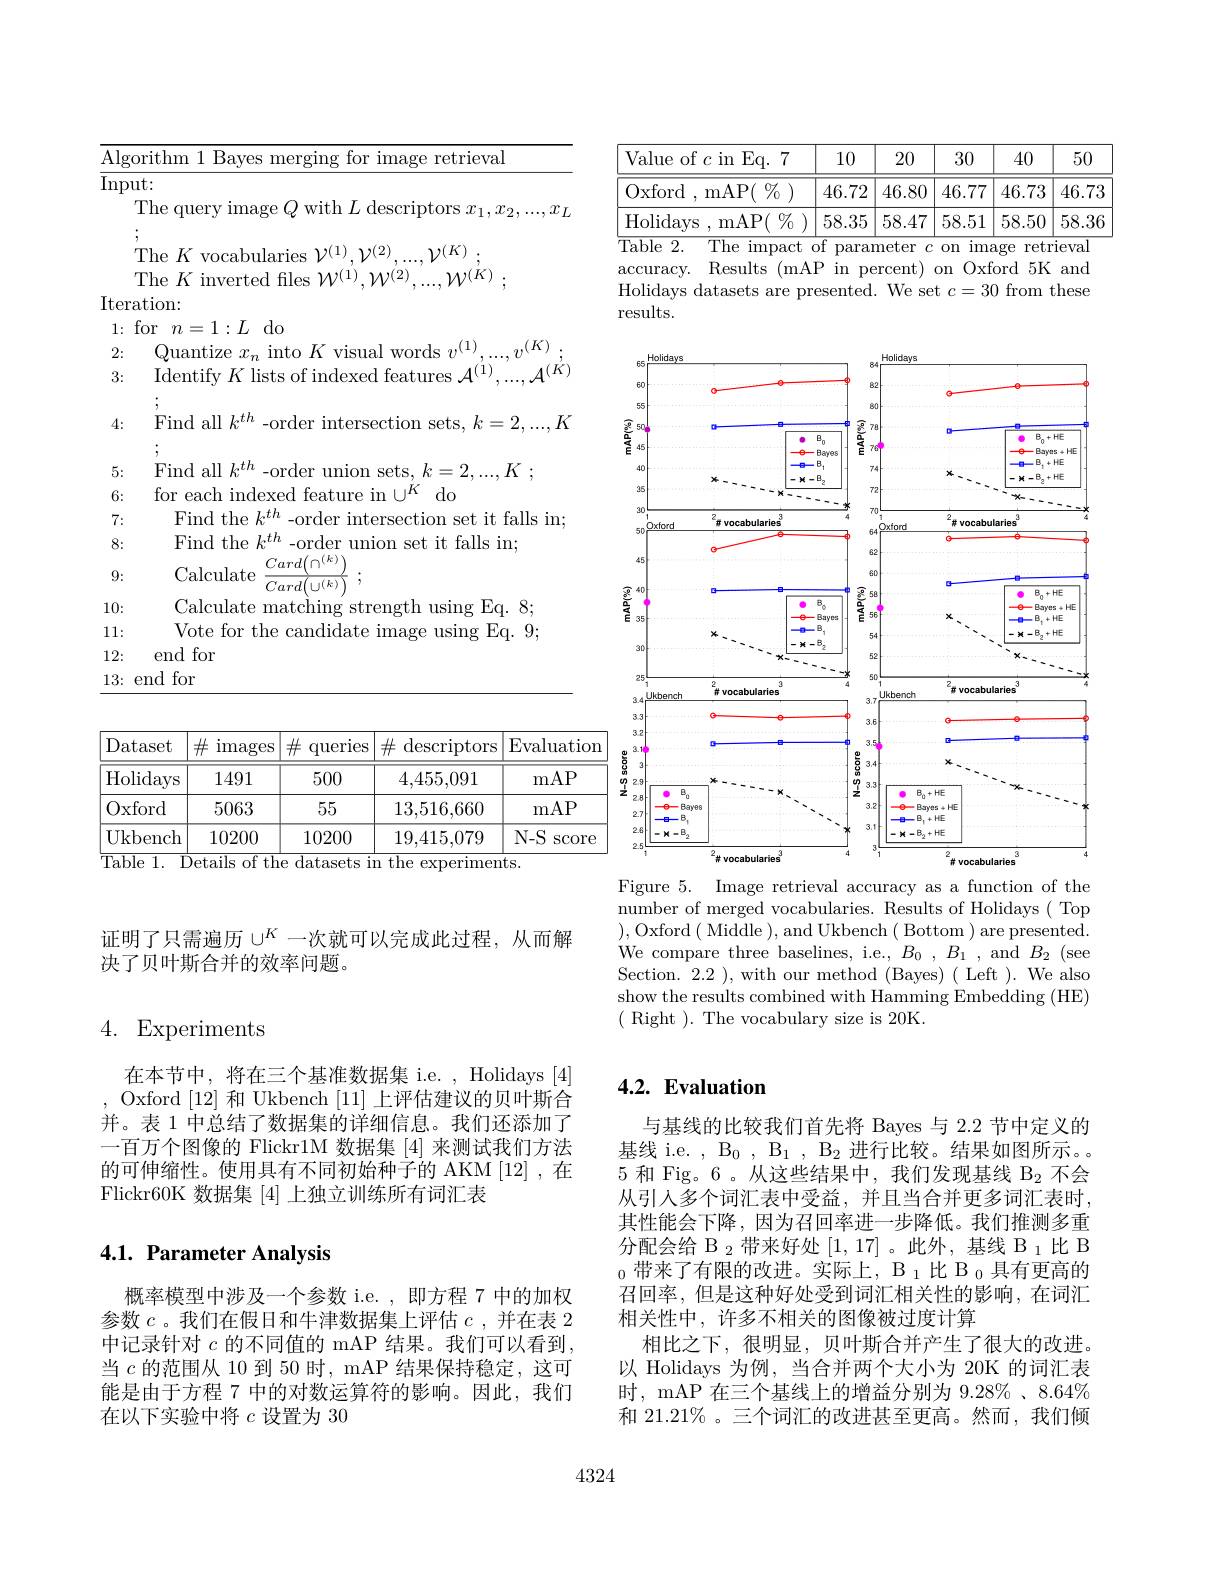
<table>
	<tbody>
		<tr>
			<td>$\overline{\mathrm{Algc}}$</td>
			<td>for image retrieval rithr $Ba\boldsymbol{v}$ rlmg $\cdot$</td>
		</tr>
		<tr>
			<td>$\overline{\mathrm{Inpu}}$</td>
			<td>$1t:$</td>
		</tr>
		<tr>
			<td> </td>
			<td>The query image $Q$ with $L$ descriptors $x_1,x_2,...,x_{L}$</td>
		</tr>
		<tr>
			<td> </td>
			<td>12(2) $11K$</td>
		</tr>
		<tr>
			<td> </td>
			<td> </td>
		</tr>
		<tr>
			<td>Iter$\varepsilon$</td>
			<td>$0m$</td>
		</tr>
		<tr>
			<td>1:</td>
			<td>do</td>
		</tr>
		<tr>
			<td>2:</td>
			<td>(1) $K$</td>
		</tr>
		<tr>
			<td>3:</td>
			<td>Identify $K$ lists of indexed features $\mathcal{A}^(1)$</td>
		</tr>
		<tr>
			<td>4:</td>
			<td>Find all $k^{th}$ r intersection sets, $k=2,...,k$ $-0\Upsilon$ $1er$</td>
		</tr>
		<tr>
			<td>5:</td>
			<td>Find 1: all $l_{\Delta}\boldsymbol{L}/\boldsymbol{L}$ -0rder sets $k$ $^{4}$ $K$</td>
		</tr>
		<tr>
			<td>6:</td>
			<td>for each indexed featu 1 $||R$ do</td>
		</tr>
		<tr>
			<td>7:</td>
			<td>Hind the 、 order lnterse ction: set t it falls in;</td>
		</tr>
		<tr>
			<td>8:</td>
			<td>Find the $L_{\alpha}LI$ -0rde $110n$ set it falls in;</td>
		</tr>
		<tr>
			<td>9:</td>
			<td>Calculate Card $Card(\cup(k)$</td>
		</tr>
		<tr>
			<td>10:</td>
			<td>$^{\prime }$alculate rtr llsing $Ea.8$ chm Hrre</td>
		</tr>
		<tr>
			<td>11:</td>
			<td>Vote for $\cdot$the. andidate llslng $\frac{1}{2}=\frac{1}{2}=\frac{1}{2}$ $E_{\mathrm{d}}.9$ </td>
		</tr>
		<tr>
			<td>12:</td>
			<td>end for</td>
		</tr>
		<tr>
			<td>1 2</td>
			<td> </td>
		</tr>
	</tbody>
</table>

<table>
	<tbody>
		<tr>
			<th>Dataset</th>
			<th>$\#$ images</th>
			<th>$\#$ queries</th>
			<th>$\operatorname{descriptors}$ 出</th>
			<th>Evaluatio</th>
			<th>Evaluatior</th>
		</tr>
		<tr>
			<td>Holidays</td>
			<td>1491</td>
			<td>500</td>
			<td>4,455,091</td>
			<td>mAP</td>
			<td>mAP</td>
		</tr>
		<tr>
			<td>Oxford</td>
			<td>5063</td>
			<td>55</td>
			<td>13,516,660</td>
			<td>mAP</td>
			<td>mAP</td>
		</tr>
		<tr>
			<td>Ukbench</td>
			<td>10200</td>
			<td>10200</td>
			<td>19,415,079</td>
			<td>$N-S$ SCOre</td>
			<td>$N-S$ $\operatorname{SCOre}$</td>
		</tr>
	</tbody>
</table>
$\stackrel{|}{\mathrm{Table~1.~Details~of~the~datasets~in~the~experiments.}}$

<table>
	<tbody>
		<tr>
			<th>Value of $c$ in Eq. 7</th>
			<th>10</th>
			<th>20</th>
			<th>30</th>
			<th>40</th>
			<th>50</th>
		</tr>
		<tr>
			<td>${\mathrm{Oxford~,~mAP(~\%~)}}$</td>
			<td>46.72</td>
			<td>46.80</td>
			<td>46.77</td>
			<td>46.73</td>
			<td>46.73</td>
		</tr>
		<tr>
			<td>Holidays , mAP( $\%$</td>
			<td>58.35</td>
			<td>58.47</td>
			<td>58.51</td>
			<td>58.50</td>
			<td>58.36</td>
		</tr>
	</tbody>
</table>
$\overline{\mathrm{Table~2.~The~impact~of~parameter~}c\text{ on image retrieval}}$

accuracy. Results (mAP in percent) on Oxford 5K and Holidays datasets are presented. We set $c=30$ from these results.

<FigureHere>

Figure 5. Image retrieval accuracy as a function of the number of merged vocabularies. Results of Holidays ( Top ),Oxford( Middle ),and Ukbench( Bottom )are presented. We compare three baselines, i.e., $B_0$ $, B_1$ , and $B_2$ (see Section. 2.2 ), with our method (Bayes) ( Left ). We also show the results combined with Hamming Embedding (HE) ( Right ). The vocabulary size is 20K.

证明了只需遍历$\cup^K$一次就可以完成此过程，从而解
决了贝叶斯合并的效率问题。

## 4. Experiments

在本节中，将在三个基准数据集 i.e. , Holidays [4] Oxford [12]和 Ukbench [11]上评估建议的贝叶斯合并。表 1 中总结了数据集的详细信息。我们还添加了一百万个图像的 Flickr1M 数据集 [4] 来测试我们方法的可伸缩性。使用具有不同初始种子的 AKM [12] ,在Flickr60K 数据集[4]上独立训练所有词汇表

## 4.1. Parameter Analysis

概率模型中涉及一个参数 i.e. ,即方程 7 中的加权参数$c$ 。我们在假日和牛津数据集上评估$c$ ,并在表 2中记录针对$c$的不同值的 mAP 结果。我们可以看到， 当$c$的范围从 10 到 50 时，mAP 结果保持稳定，这可能是由于方程 7 中的对数运算符的影响。因此，我们在以下实验中将$c$设置为 30

# 4.2. Evaluation

与基线的比较我们首先将 Bayes 与 2.2 节中定义的基线 i.e. , B$_0$, $\mathrm{B}_1,\mathrm{~B}_2$进行比较。结果如图所示。5和 Fig。6。从这些结果中，我们发现基线 B$_2$不会从引入多个词汇表中受益，并且当合并更多词汇表时， 其性能会下降，因为召回率进一步降低。我们推测多重分配会给 B $_2$ 带来好处 [1,17]。此外，基线 B $_1$比 B $_{0}$带来了有限的改进。实际上，B $_1$比 $\mathcal{B}_0$具有更高的召回率，但是这种好处受到词汇相关性的影响，在词汇相关性中，许多不相关的图像被过度计算
相比之下，很明显，贝叶斯合并产生了很大的改进。以 Holidays 为例，当合并两个大小为 20K 的词汇表时，mAP 在三个基线上的增益分别为 9.28% 、8.64% 和 21.21%。三个词汇的改进甚至更高。然而，我们倾

4324